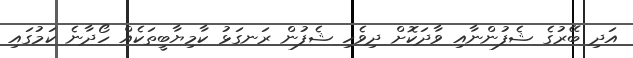
އަދި ބޭރުގެ ޝެފުންނާއި ވާދަކޮށް ދިވެހި ޝެފުން ރަނގަޅު ކާމިޔާބީތަކެއް ހޯދާނެ ކަމުގައި